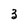
Character: 3